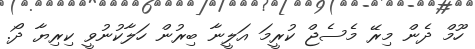
ހޫމް ދެން މިރޭ މެސެޖް ކުރީމަ އަލީނާ ބިރުން ހަލާކުނުވީ ކިރިޔާ ދޯ.